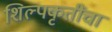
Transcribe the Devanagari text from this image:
शिल्पकृतींचा